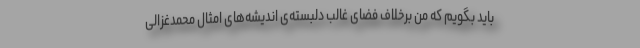
باید بگویم که من برخلاف فضای غالب دلبسته‌ی اندیشه‌های امثال محمدغزالی